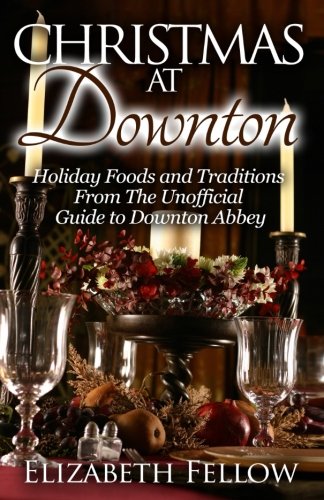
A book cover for Christmas at Downton: Holiday Foods and Traditions From The Unofficial Guide to Downton Abbey (Downton Abbey Books); Elizabeth Fellow; Cookbooks, Food & Wine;